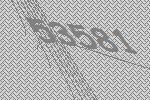
53581